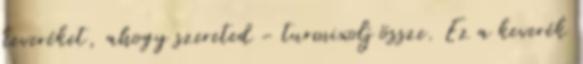
keveréket, ahogy szereted - turmixolj össze. Ez a keverék